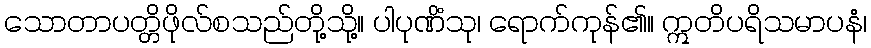
သောတာပတ္တိဖိုလ်စသည်တို့သို့။ ပါပုဏိံသု၊ ရောက်ကုန်၏။ ဣတိပရိသမာပနံ၊